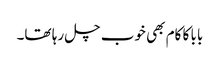
بابا کا کام بھی خوب چل رہا تھا۔